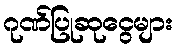
ဂုဏ်ပြုဆုငွေများ